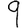
Digit: 9